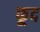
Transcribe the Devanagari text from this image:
फूद